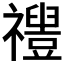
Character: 𱵱